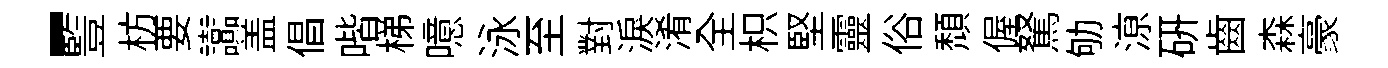
-䜿枋要讟盖倡喈梯噫泳至對淚淆全枳堅靈俗頽偓駑劬鿌研齒森豪